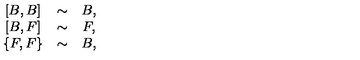
\begin{array} { c c c } { \left[ B , B \right] } & { \sim } & { B , } \\ { \left[ B , F \right] } & { \sim } & { F , } \\ { \left\{ F , F \right\} } & { \sim } & { B , } \\ \end{array}